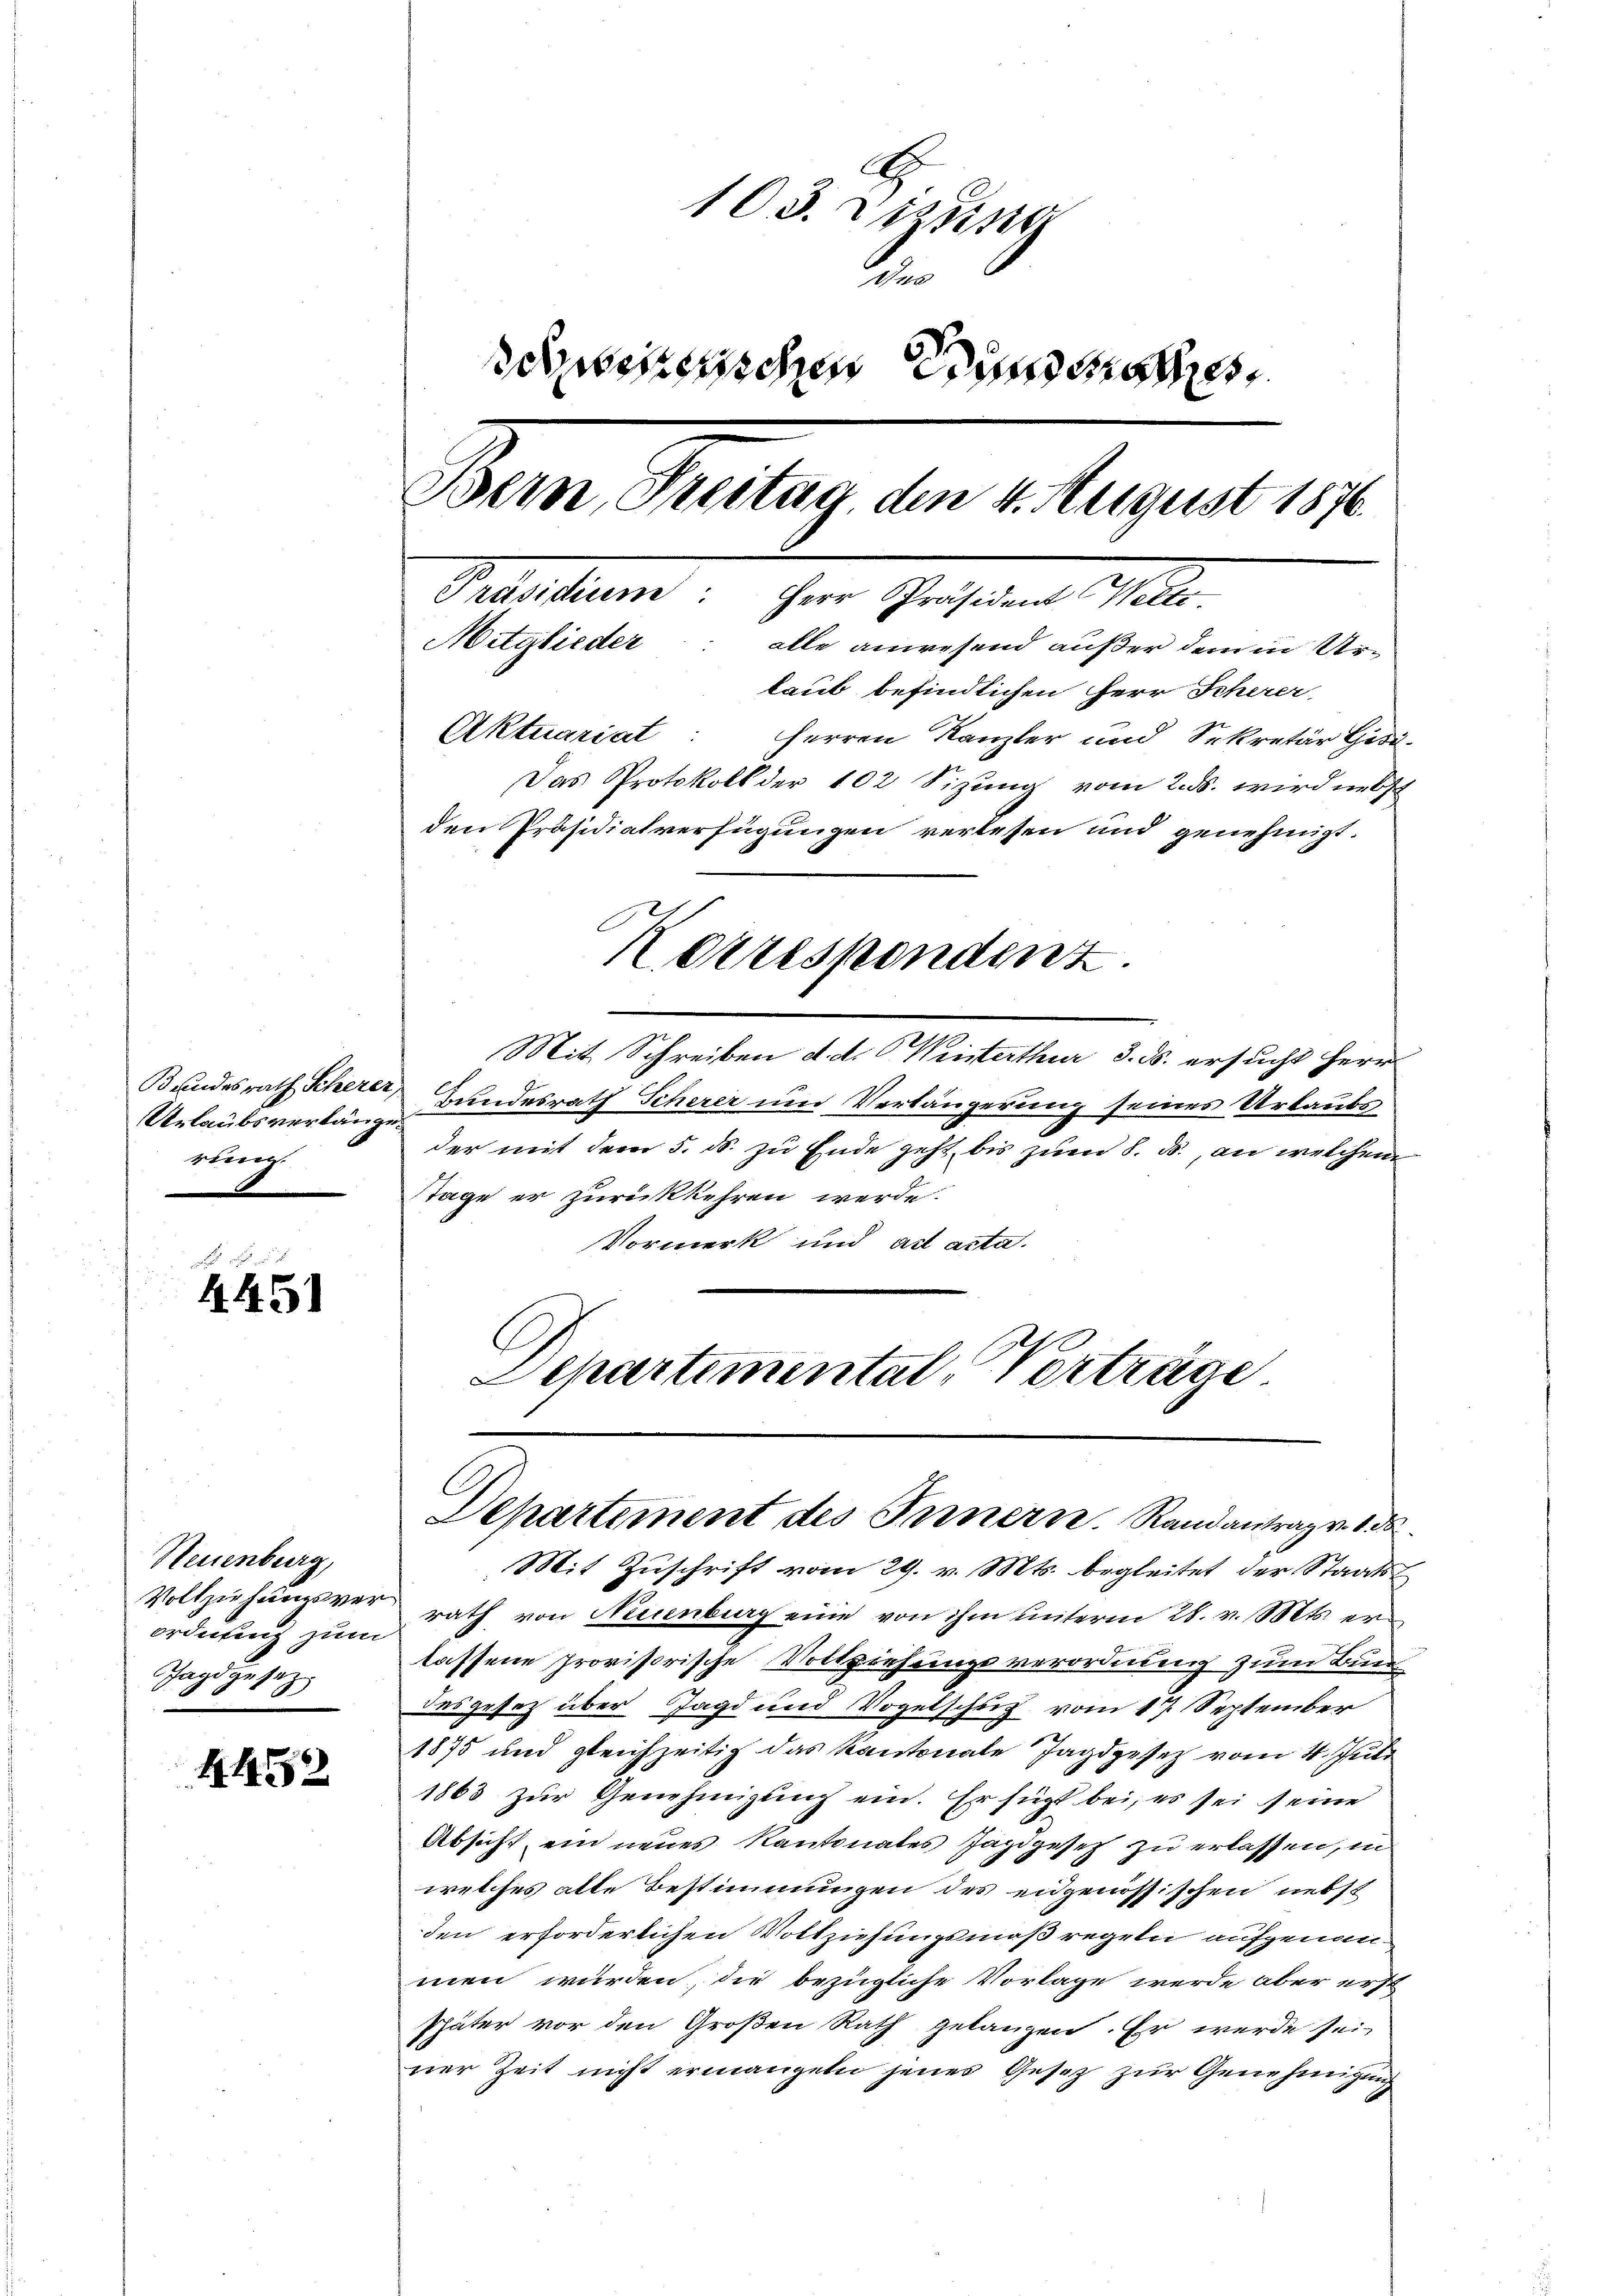
Bundesrath Scherer,
Urlaubsverlänge
siren.

4451

Neuenburg,
Vollziehungsver
ordnung zum
Jagdgesetz

4459

103. Dizung
Au
schienischen Grundsch
Bern, Streitag, den 4. August 1876.
Seident Herr Grossen 100
Mitglieder: alle anwesend außer dem in Urlaub befindlichen Herr Scherer
Aktuariat: Herren Kanzler und Sekretär Geri
Das Protokoll der 102 Sizung vom 2. ds. wird nebs
den Präsidialverfügungen verlesen und genehmigt.
Korrespondenz
Mit Schreiben d. d. Winterthur 3. ds. ersucht Herr
Bundesrath Scherer und Verlängerung seines Urlaubs

der mit dem 5. ds. zu Ende geht, bis zum 8. ds., an welchem
Tage er zurückkehren werde.
Vormerk und act acta.
Lepartemental, Vorträge

Mit Zuschrift vom 29. v. Mts. begleitet der Staatsrath von Neuenburg eine von ihm unterm 28. v. Mts. erlassene provisorische Vollziehungsverordnung zum Bun
desgesetz über Jagd und Vogelschuf vom 17. September
1875 und gleichzeitig das Kantonale Jagdgesetz vom 4. Juli
1863 zur Genehmigung ein. Er fügt bei, es sei seine
Absicht ein neues Kantonales Jagdgesez zu erlassen, in
welches alte Bestimmungen des eidgenössischen nebst
den erforderlichen Volkziehungsmaßregeln aufgenom-
men würden, die bezügliche Vorlage werde aber erst
später vor den Großen Rath gelangen. Er werde sei-
vrer Zeit nicht ermangeln jenes Gesetz zur Genehmigung

Departement des Innern. Randantrag von 150